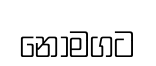
නොමගට